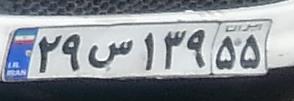
۲۹س۱۳۹۵۵